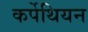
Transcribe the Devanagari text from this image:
कर्पेथियन